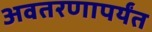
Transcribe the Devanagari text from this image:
अवतरणापर्यंत